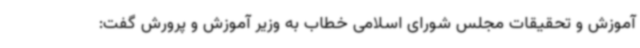
آموزش و تحقیقات مجلس شورای اسلامی خطاب به وزیر آموزش و پرورش گفت: